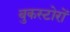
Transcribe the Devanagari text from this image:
बुकस्टोरों